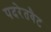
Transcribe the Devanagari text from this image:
पदरेतवैट